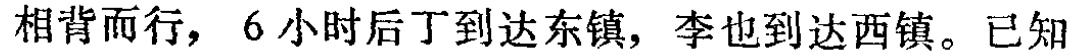
相背而行，6 小时后丁到达东镇，李也到达西镇。已知